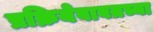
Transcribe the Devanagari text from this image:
प्रक्रियेबाबतच्या